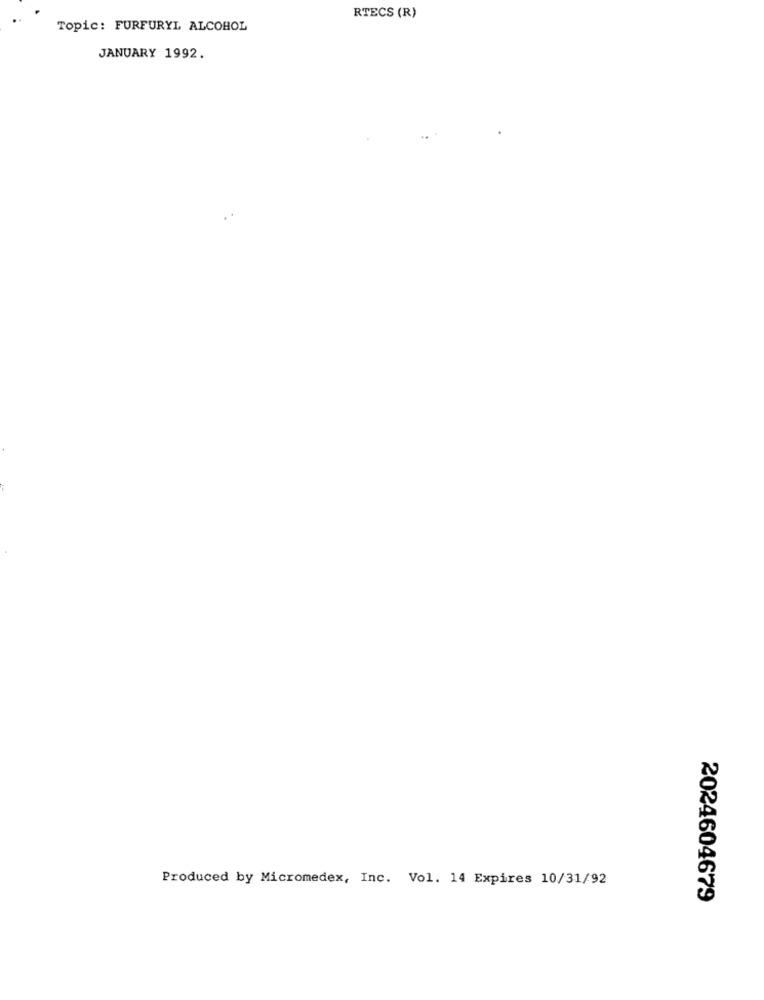
RTECS (R)
Topic: FURFURYL ALCOHOL
JANUARY 1992.
Produced by Micromedex, Inc. Vol. 14 Expires 10/31/92
2024604679